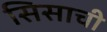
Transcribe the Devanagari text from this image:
सिसाची